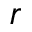
r